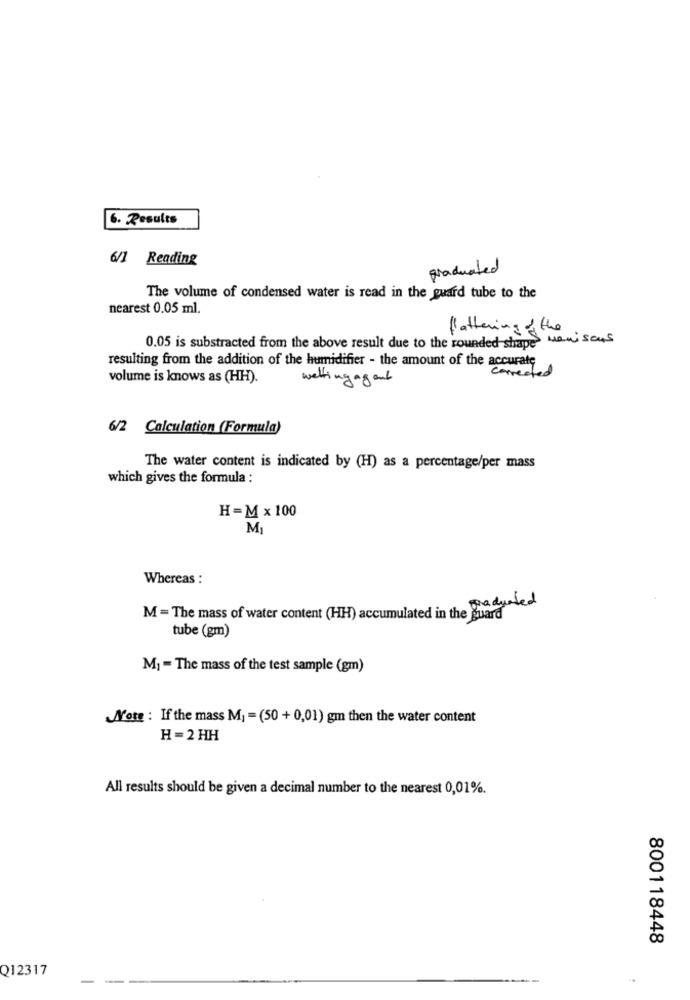
6. Results
6/1 Reading
graduated
The volume of condensed water is read in the guard tube to the
nearest 0.05 ml.
flattering of the
0.05 is substracted from the above result due to the rounded shape meniscus
resulting from the addition of the humidifier - the amount of the accurate
corrected
volume is knows as (HH).
wetting agent
6/2
Calculation (Formula)
The water content is indicated by (H) as a percentage/per mass
which gives the formula :
H=M ×100
M
Whereas :
producted
M = The mass of water content (HH) accumulated in the guard
tube (gm)
M1 = The mass of the test sample (gm)
Note : If the mass M] = (50 + 0,01) gm then the water content
H =2 HH
All results should be given a decimal number to the nearest 0,01%.
800118448
Q12317